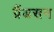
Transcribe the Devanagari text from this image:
ग्रैंडसन